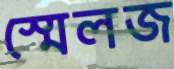
স্মেলজ